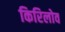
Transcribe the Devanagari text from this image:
किरिलोव